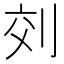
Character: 𠜅